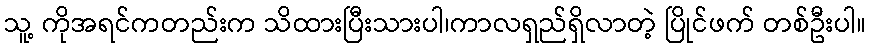
သူ့ ကိုအရင်ကတည်းက သိထားပြီးသားပါ၊ကာလရှည်ရှိလာတဲ့ ပြိုင်ဖက် တစ်ဦးပါ။